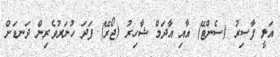
އަލީ ފާސިރު (ސެންޓޭ) އާއި އާދަމް ޝާހިރު (ޖޯރޭ) ފަދަ ހުނަރުވެރިން ދަނޑަށް